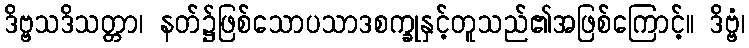
ဒိဗ္ဗသဒိသတ္တာ၊ နတ်၌ဖြစ်သောပသာဒစက္ခုနှင့်တူသည်၏အဖြစ်ကြောင့်။ ဒိဗ္ဗံ၊